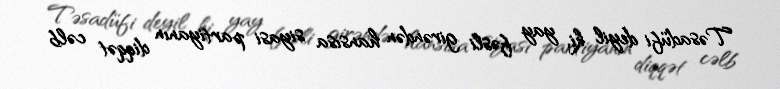
Təsadüfi deyil ki, yay fəsli girəndən hansısa siyasi partiyanın diqqət cəlb